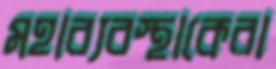
মহাব্যবস্থাকেরা